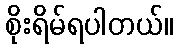
စိုးရိမ်ရပါတယ်။